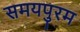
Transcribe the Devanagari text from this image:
समयपुरम